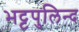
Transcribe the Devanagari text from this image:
भट्टपुलिन्द